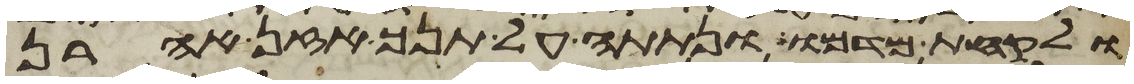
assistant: ולקחת מדמו ונתתה על תנך אזן אהרן